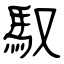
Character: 馭